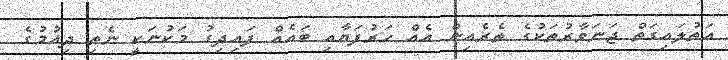
އަތުލައިގަތް ޖަނަވާރުތަކުގެ ތެރެއިން އެއް ހަރުފަޔާއި ބައެއް ފައިދިގު މަކުނަކީ ނެތި ދިއުމުގެ